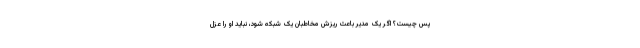
پس چیست؟ اگر یک مدیر باعث ریزش مخاطبان یک شبکه شود، نباید او را عزل